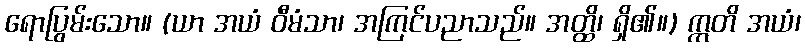
ရောပြွမ်းသော။ (ယာ အယံ ဝီမံသာ၊ အကြင်ပညာသည်။ အတ္ထိ၊ ရှိ၏။) ဣတိ အယံ၊